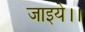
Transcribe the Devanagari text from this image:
जाइये।।